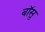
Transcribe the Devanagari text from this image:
बॉसु